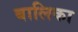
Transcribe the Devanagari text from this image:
बालिका